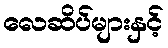
လေဆိပ်များနှင့်